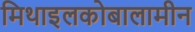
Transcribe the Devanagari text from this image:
मिथाइलकोबालामीन